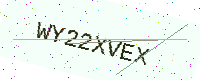
Text: WY22XVEX